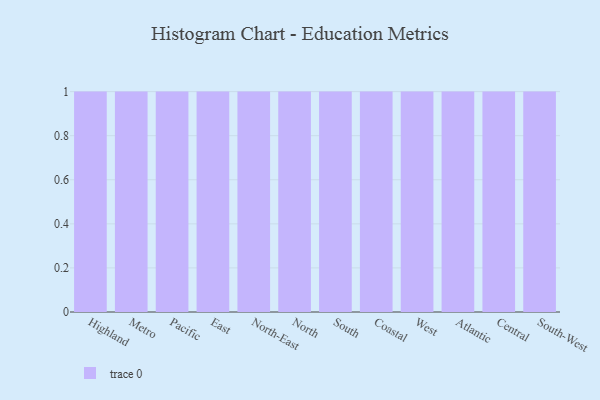
{"axis": {"x": "Region", "y": "Revenue (USD Million)"}, "legend": [""], "data": [{"x": "Highland", "y": 17, "type": ""}, {"x": "Metro", "y": 81, "type": ""}, {"x": "Pacific", "y": 42, "type": ""}, {"x": "East", "y": 87, "type": ""}, {"x": "North-East", "y": 59, "type": ""}, {"x": "North", "y": 78, "type": ""}, {"x": "South", "y": 31, "type": ""}, {"x": "Coastal", "y": 87, "type": ""}, {"x": "West", "y": 68, "type": ""}, {"x": "Atlantic", "y": 2, "type": ""}, {"x": "Central", "y": 89, "type": ""}, {"x": "South-West", "y": 67, "type": ""}]}